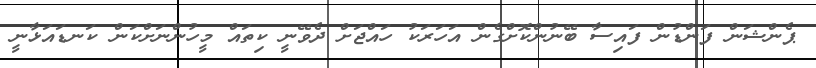
ޕެންޝަން ފަންޑުން ފައިސާ ބޭނުންކޮށްގެން އަހަރަކު ހައްޖަށް ދެވޭނީ ކިތައް މީހުންނަށްކަން ކަނޑައަޅާނީ